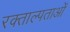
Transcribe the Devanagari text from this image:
रक्ताल्पताओं